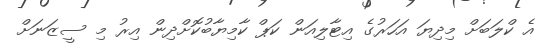
އެ ކްލަބަށް މިދިޔަ އަހަރުގެ އިޓާލިއަން ކަޕް ކާމިޔާބުކޮށްދިން އިރު މި ސީޒަނަށް